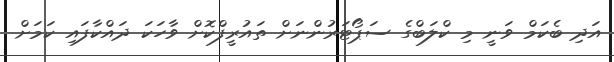
އަދި ބެކަމް ވަނީ މި ކްލަބްގެ ސަޕޯޓަރުންނަށް ތައުރީފްކޮށް ވާހަކަ ދައްކާފައި ކަމަށް